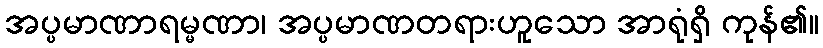
အပ္ပမာဏာရမ္မဏာ၊ အပ္ပမာဏတရားဟူသော အာရုံရှိ ကုန်၏။